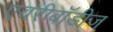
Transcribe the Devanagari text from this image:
एवरीबॉडीज